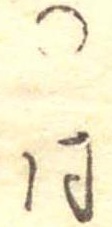
○同